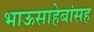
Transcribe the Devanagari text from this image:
भाऊसाहेबांसह